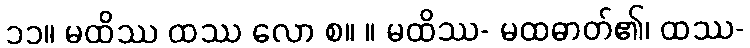
၁၁။ မထိဿ ထဿ လော စ။ ။ မထိဿ- မထဓာတ်၏၊ ထဿ-